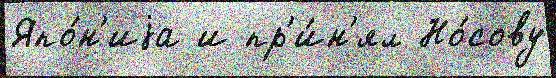
Япо́н'иjа и пр'и́н'ял Но́сову